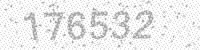
Solution: 176532